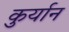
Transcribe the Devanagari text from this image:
कुर्यान